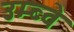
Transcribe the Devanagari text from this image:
उम्ब्वे